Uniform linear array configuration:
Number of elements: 32
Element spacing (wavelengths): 0.25
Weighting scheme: cosine
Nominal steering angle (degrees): -60
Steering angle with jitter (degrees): -60.663
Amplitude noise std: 0.05
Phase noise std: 0.05

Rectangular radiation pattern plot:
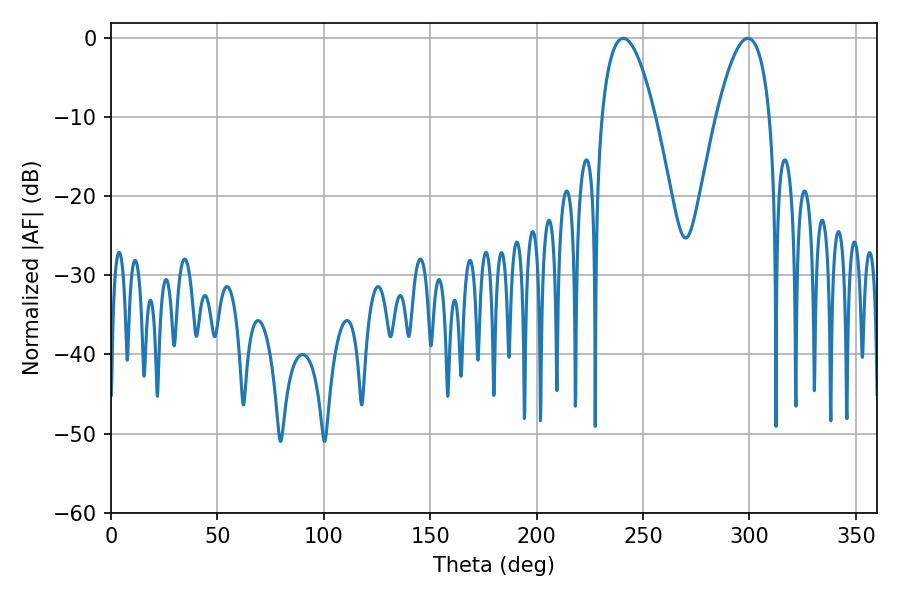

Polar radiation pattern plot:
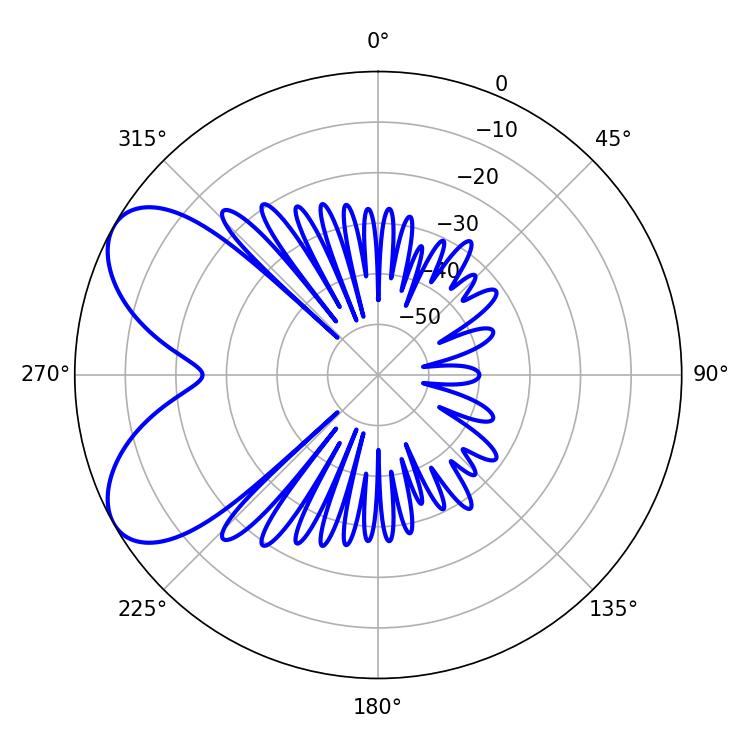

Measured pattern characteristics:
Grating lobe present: FALSE
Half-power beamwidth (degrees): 13.86
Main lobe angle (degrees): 299.34